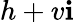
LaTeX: h+v\mathbf{i}